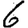
Digit: 6